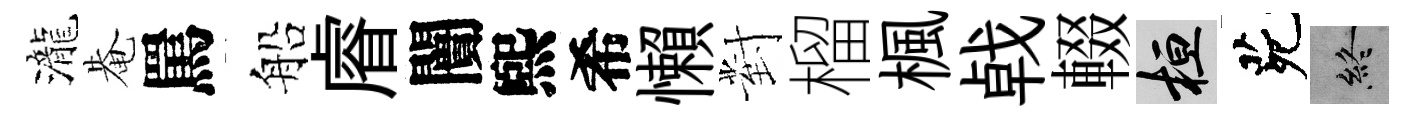
瀧𤲅罵船𥈠闠煕希懶對榴楓㦸輟桓茕終